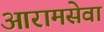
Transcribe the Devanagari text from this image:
आरामसेवा